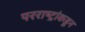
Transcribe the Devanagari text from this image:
परराष्ट्रांकडून